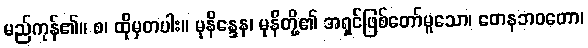
မည်ကုန်၏။ စ၊ ထိုမှတပါး။ မုနိန္ဒေန၊ မုနိတို့၏ အရှင်ဖြစ်တော်မူသော၊ တေနဘဝတော၊